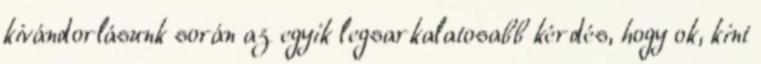
kivándorlásunk során az egyik legsarkalatosabb kérdés, hogy ok, kint